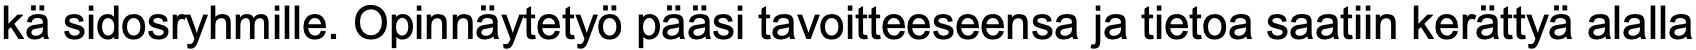
kä sidosryhmille. Opinnäytetyö pääsi tavoitteeseensa ja tietoa saatiin kerättyä alalla